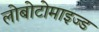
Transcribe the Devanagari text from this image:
लोबोटोमाइज्ड